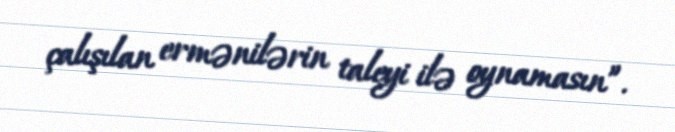
çalışılan ermənilərin taleyi ilə oynamasın”.